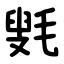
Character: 㲣